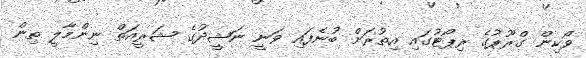
ވޯކިން ގްރޫޕުގެ ރިޕޯޓުގައި އިތުރަށް ބުނެފައި ވަނީ ނަޝީދުގެ ޝަރީއަތް ނިންމާލީ ތިން